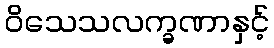
ဝိသေသလက္ခဏာနှင့်